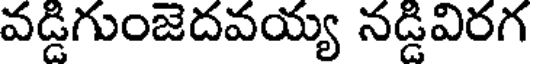
వడ్డిగుంజెదవయ్య నడ్డివిరగ